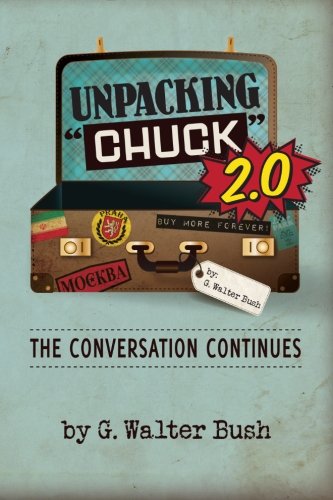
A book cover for Unpacking "Chuck" 2.0: The Conversation Continues; G. Walter Bush; Humor & Entertainment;